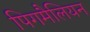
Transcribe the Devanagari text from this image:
पिगमैलियन